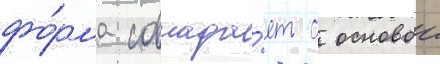
фо́рма совпада́ет с основои